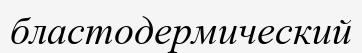
бластодермический